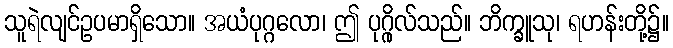
သူရဲလျင်ဥပမာရှိသော။ အယံပုဂ္ဂလော၊ ဤ ပုဂ္ဂိုလ်သည်။ ဘိက္ခူသု၊ ရဟန်းတို့၌။